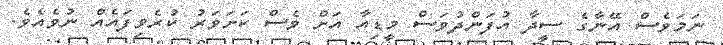
ނަމަވެސް އޭނާގެ ސީދާ އުފަންދުވަސް މީޑިއާ އަށް ވެސް ކަށަވަރު ކުރެވިފައެއް ނުވެއެވެ.